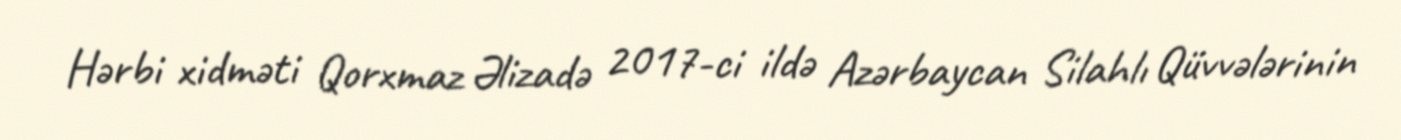
Hərbi xidməti Qorxmaz Əlizadə 2017-ci ildə Azərbaycan Silahlı Qüvvələrinin